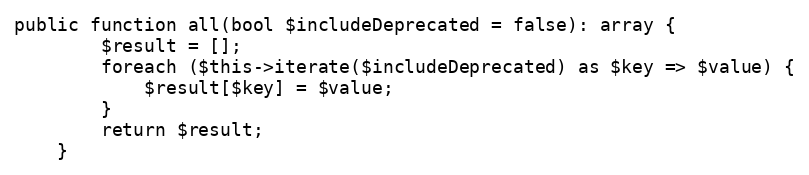
Language: PHP
public function all(bool $includeDeprecated = false): array {
        $result = [];
        foreach ($this->iterate($includeDeprecated) as $key => $value) {
            $result[$key] = $value;
        }
        return $result;
    }